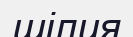
шілия